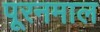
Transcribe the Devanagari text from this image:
पूरनमाल